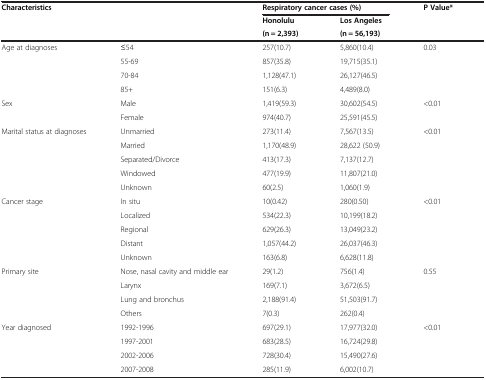
<table><thead><tr><td colspan="2"><b>Characteristics</b></td><td colspan="2"><b>Respiratory cancer cases (%)</b></td><td><b>P Value*</b></td></tr><tr><td><b> </b></td><td><b> </b></td><td><b>Honolulu</b></td><td><b>Los Angeles</b></td><td><b> </b></td></tr><tr><td><b> </b></td><td><b> </b></td><td><b>(n = 2,393)</b></td><td><b>(n = 56,193)</b></td><td><b> </b></td></tr></thead><tbody><tr><td rowspan="4">Age at diagnoses</td><td>≤54</td><td>257(10.7)</td><td>5,860(10.4)</td><td rowspan="4">0.03</td></tr><tr><td>55-69</td><td>857(35.8)</td><td>19,715(35.1)</td></tr><tr><td>70-84</td><td>1,128(47.1)</td><td>26,127(46.5)</td></tr><tr><td>85+</td><td>151(6.3)</td><td>4,489(8.0)</td></tr><tr><td rowspan="2">Sex</td><td>Male</td><td>1,419(59.3)</td><td>30,602(54.5)</td><td rowspan="2">&lt;0.01</td></tr><tr><td>Female</td><td>974(40.7)</td><td>25,591(45.5)</td></tr><tr><td rowspan="5">Marital status at diagnoses</td><td>Unmarried</td><td>273(11.4)</td><td>7,567(13.5)</td><td rowspan="5">&lt;0.01</td></tr><tr><td>Married</td><td>1,170(48.9)</td><td>28,622 (50.9)</td></tr><tr><td>Separated/Divorce</td><td>413(17.3)</td><td>7,137(12.7)</td></tr><tr><td>Windowed</td><td>477(19.9)</td><td>11,807(21.0)</td></tr><tr><td>Unknown</td><td>60(2.5)</td><td>1,060(1.9)</td></tr><tr><td rowspan="5">Cancer stage</td><td>In situ</td><td>10(0.42)</td><td>280(0.50)</td><td rowspan="5">&lt;0.01</td></tr><tr><td>Localized</td><td>534(22.3)</td><td>10,199(18.2)</td></tr><tr><td>Regional</td><td>629(26.3)</td><td>13,049(23.2)</td></tr><tr><td>Distant</td><td>1,057(44.2)</td><td>26,037(46.3)</td></tr><tr><td>Unknown</td><td>163(6.8)</td><td>6,628(11.8)</td></tr><tr><td rowspan="4">Primary site</td><td>Nose, nasal cavity and middle ear</td><td>29(1.2)</td><td>756(1.4)</td><td rowspan="4">0.55</td></tr><tr><td>Larynx</td><td>169(7.1)</td><td>3,672(6.5)</td></tr><tr><td>Lung and bronchus</td><td>2,188(91.4)</td><td>51,503(91.7)</td></tr><tr><td>Others</td><td>7(0.3)</td><td>262(0.4)</td></tr><tr><td rowspan="3">Year diagnosed</td><td>1992-1996</td><td>697(29.1)</td><td>17,977(32.0)</td><td>&lt;0.01</td></tr><tr><td>1997-2001</td><td>683(28.5)</td><td>16,724(29.8)</td><td> </td></tr><tr><td>2002-2006</td><td>728(30.4)</td><td>15,490(27.6)</td><td> </td></tr><tr><td> </td><td>2007-2008</td><td>285(11.9)</td><td>6,002(10.7)</td><td> </td></tr></tbody></table>